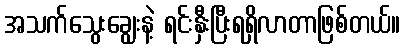
အသက်သွေးချွေးနဲ့ ရင်းနှီးပြီးရရှိလာတာဖြစ်တယ်။